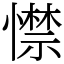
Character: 㦗